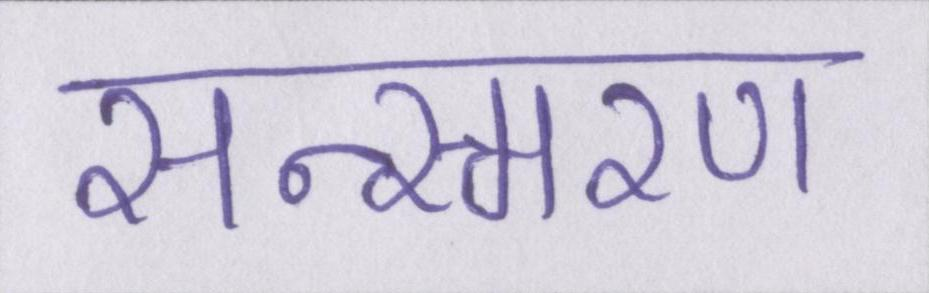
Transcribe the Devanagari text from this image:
सन्स्मरण